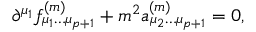
\partial ^ { \mu _ { 1 } } f _ { \mu _ { 1 } \dots \mu _ { p + 1 } } ^ { ( m ) } + m ^ { 2 } a _ { \mu _ { 2 } \dots \mu _ { p + 1 } } ^ { ( m ) } = 0 ,